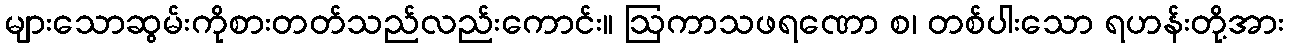
များသောဆွမ်းကိုစားတတ်သည်လည်းကောင်း။ ဩကာသဖရဏော စ၊ တစ်ပါးသော ရဟန်းတို့အား